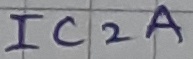
Text: IC2A